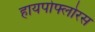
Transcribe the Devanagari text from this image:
हायपोफ्लोरस